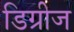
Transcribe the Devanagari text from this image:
डिग्रीज